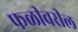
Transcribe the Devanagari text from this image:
फळीवरील